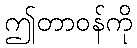
ဤတာဝန်ကို